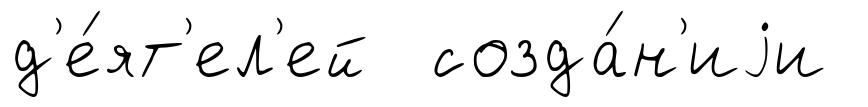
д'е́ят'ел'ей созда́н'иjи